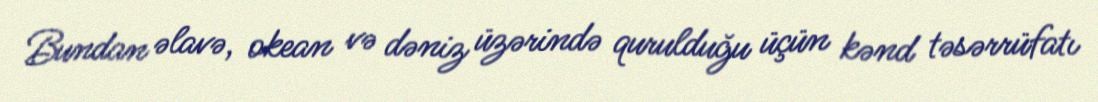
Bundan əlavə, okean və dəniz üzərində qurulduğu üçün kənd təsərrüfatı